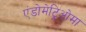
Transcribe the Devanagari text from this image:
एंडोमेट्रिओमा